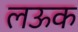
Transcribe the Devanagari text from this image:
लऊक